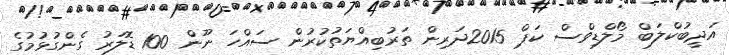
އަދީބުކްލަބް މޯލްޑިވްސް ކަޕް 2015ދަރިން ތަރުބިއްޔަތުކުރުން ސައްހަ ނޫން 100 ޑޮލަރު ގެންގުޅުމުގެ